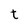
Character: t